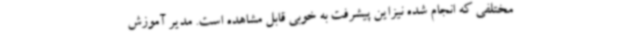
مختلفی که انجام شده نیزاین پیشرفت به خوبی قابل مشاهده است. مدیر آموزش